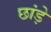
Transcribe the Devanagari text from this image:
छांड़े